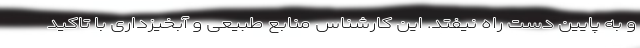
و به پایین دست راه نیفتد. این کارشناس منابع طبیعی و آبخیزداری با تاکید